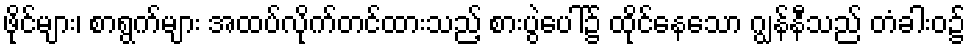
ဖိုင်များ၊ စာရွက်များ အထပ်လိုက်တင်ထားသည့် စားပွဲပေါ်၌ ထိုင်နေသော ဂျွန်နီသည် တံခါးဝ၌